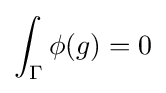
\int _{\Gamma }\phi (g)=0